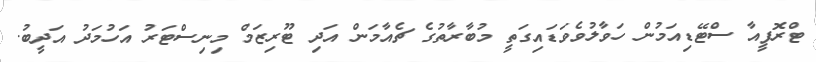
ޓްރޮފީއާ ސްޓޭޑިއަމުން ހަވާލުވެވަޑައިގަތީ މުބާރާތުގެ ޗެއާމަން އަދި ޓޫރިޒަމް މިނިސްޓަރު އަހުމަދު އަދީބު.